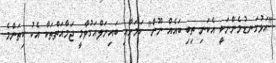
"އަޅުގަނޑުމެންނަކީ އެކަނި ތިބި ބައެއް ނޫން" ކަމަށާއި ބައިނަލްއަގުވާމީ ޖަމާއަތްތަކާ އެކު ކިތަންމެ